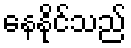
နေနိုင်သည်